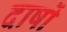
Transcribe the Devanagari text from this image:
दाषों